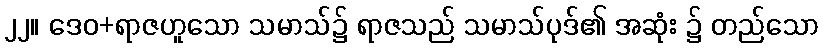
၂၂။ ဒေဝ+ရာဇဟူသော သမာသ်၌ ရာဇသည် သမာသ်ပုဒ်၏ အဆုံး ၌ တည်သော